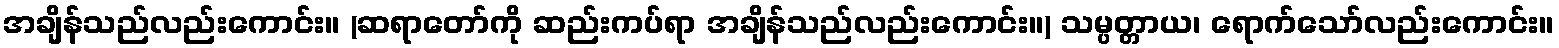
အချိန်သည်လည်းကောင်း။ (ဆရာတော်ကို ဆည်းကပ်ရာ အချိန်သည်လည်းကောင်း။) သမ္ပတ္တာယ၊ ရောက်သော်လည်းကောင်း။